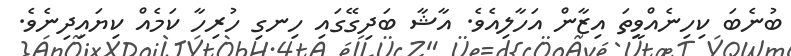
ބުނެބަ ކިހިނެއްވީތަ އިޒާން އަހާލިއެވެ. އާޝާ ބަދިގޭގައި ހިނގި ހުރިހާ ކަމެއް ކިޔައިދިނެވެ.